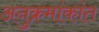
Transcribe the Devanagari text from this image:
अनुक्रमांकांत